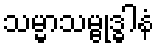
သမ္မာသမ္ဗုဒ္ဓါနံ